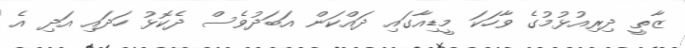
ޒާތީ ދިރިއުޅުމުގެ ވާހަކަ މީޑިއާގައި ދައްކަން އަބަދުވެސް ދެކޮޅު ހަދައި އަދި އެ